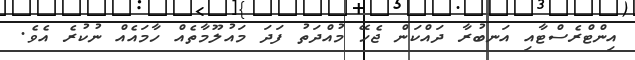
އިންޓްރެސްޓާއި އަނބުރާ ދައްކަން ޖެހޭ މުއްދަތު ފަދަ މައުލޫމާތެއް ހާމައެއް ނުކުރެ އެވެ.